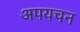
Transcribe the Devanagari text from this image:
अपयचन